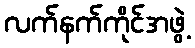
လက်နက်ကိုင်အဖွဲ့